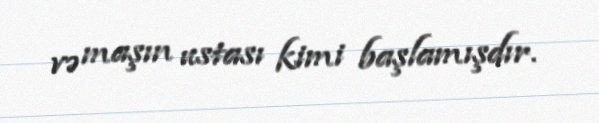
və maşın ustası kimi başlamışdır.